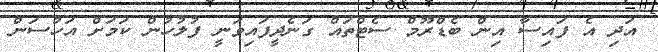
އަދި އެ ފައިސާ އިން ބެޑްރޫމް ސެޓްތައް ގަނެދީފައިވަނީ ފުލުހުން ކަމަށް އަހުސަން